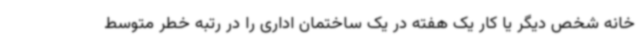
خانه شخص دیگر یا کار یک هفته در یک ساختمان اداری را در رتبه خطر متوسط